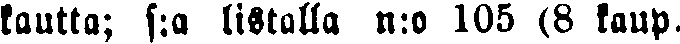
kautta; s:a listalla n:o 105 (8 kaup.